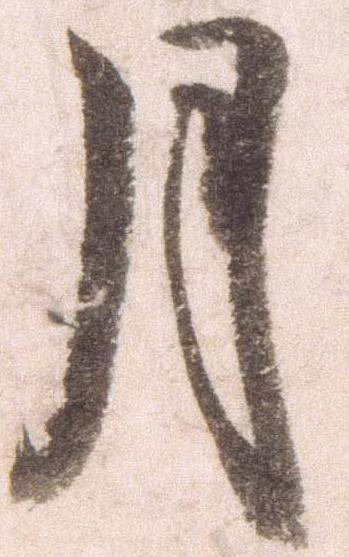
月